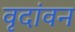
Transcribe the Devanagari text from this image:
वृदांवन